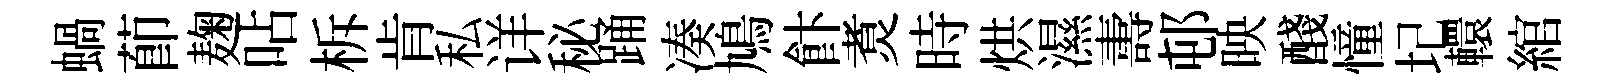
蝸莭麹呫柝肯私详秘踊凑鳩飰煑時烘濕夀邨映醆憧圮轘綰